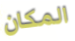
المكان